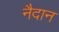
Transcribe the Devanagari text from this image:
नैदान